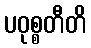
ပဝုစ္စတီတိ